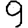
Digit: 9